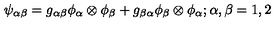
\psi _ { \alpha \beta } = g _ { \alpha \beta } \phi _ { \alpha } \otimes \phi _ { \beta } + g _ { \beta \alpha } \phi _ { \beta } \otimes \phi _ { \alpha } ; \alpha , \beta = 1 , 2